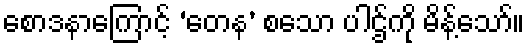
စောဒနာကြောင့် ‘တေန’ စသော ပါဌ်ကို မိန့်သော်။